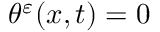
\theta ^ { \varepsilon } ( x , t ) = 0